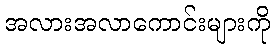
အလားအလာကောင်းများကို